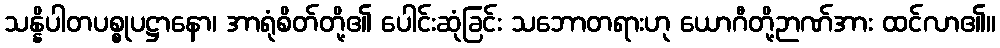
သန္နိပါတပစ္စုပဋ္ဌာနော၊ အာရုံစိတ်တို့၏ ပေါင်းဆုံခြင်း သဘောတရားဟု ယောဂီတို့ဉာဏ်အား ထင်လာ၏။